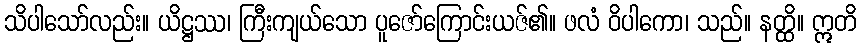
သိပါသော်လည်း။ ယိဋ္ဌဿ၊ ကြီးကျယ်သော ပူဇော်ကြောင်းယဇ်၏။ ဖလံ ဝိပါကော၊ သည်။ နတ္ထိ။ ဣတိ